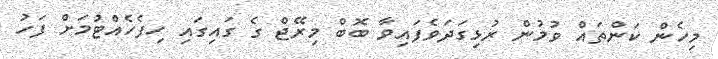
މިހެން ކަންތައް ވުމުން ރުޅިގަދަވެފައިވާ ބޮބް މިރޭޖް ގެ ގައިގައި ހިފެހެއްޓުމަށް ފަހު